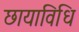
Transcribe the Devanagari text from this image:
छायाविधि